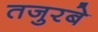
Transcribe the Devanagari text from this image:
तजुरबे